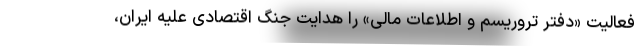
فعالیت «دفتر تروریسم و اطلاعات مالی» را هدایت جنگ اقتصادی علیه ایران،